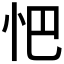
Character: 𢗌